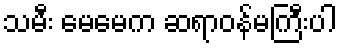
သမီး မေမေက ဆရာဝန်မကြီးပါ